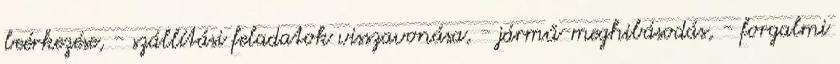
beérkezése, - szállítási feladatok visszavonása, - jármű-meghibásodás, - forgalmi